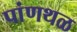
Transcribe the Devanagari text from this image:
पांणथळ